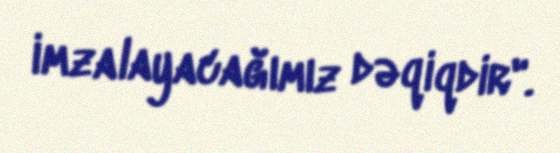
imzalayacağımız dəqiqdir".